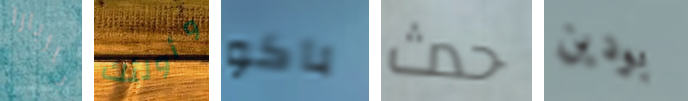
باربارا وأولئك باكو حدث بودين